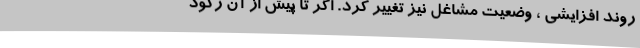
روندِ افزایشیِ ، وضعیت مشاغل نیز تغییر کرد. اگر تا پیش از آن رکود